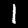
Digit: 1